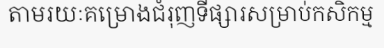
តាមរយៈគម្រោងជំរុញទីផ្សារសម្រាប់កសិកម្ម